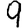
Digit: 9